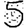
Digit: 5